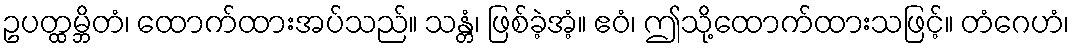
ဥပတ္ထမ္ဘိတံ၊ ထောက်ထားအပ်သည်။ သန္တံ၊ ဖြစ်ခဲ့အံ့။ ဧဝံ၊ ဤသို့ထောက်ထားသဖြင့်။ တံဂေဟံ၊